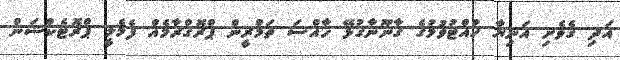
އަދި ގެވެށި އަނިޔާ ހުއްޓުވުމުގެ ޤާނޫނާގުޅޭ ޚާއްސަ ތަމްރީން ޕްރޮގްރާމެއް ފެމެލީ ޕްރޮޓެކްޝަން